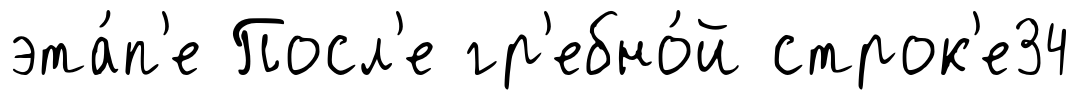
эта́п'е Посл'е гр'ебно́й строк'е34